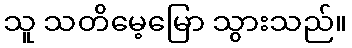
သူ သတိမေ့မြော သွားသည်။